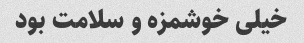
خیلی خوشمزه و سلامت بود